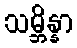
သမ္ဘိန္နာ